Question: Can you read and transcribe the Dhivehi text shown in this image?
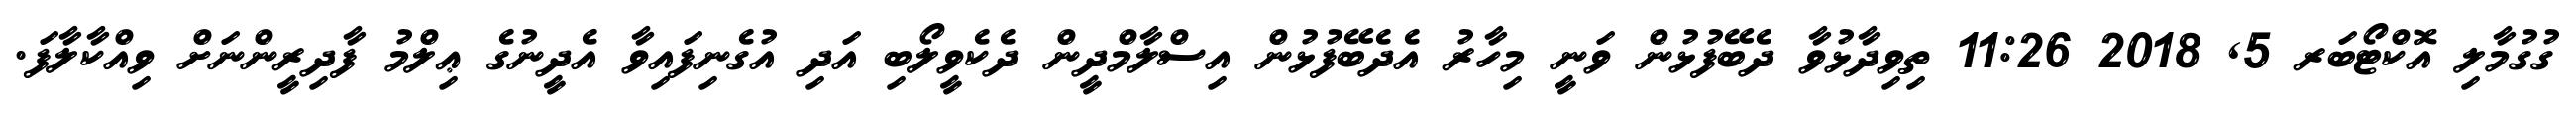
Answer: ގުގުމާލި އޮކްޓޯބަރ 5, 2018 11:26 ތިވިދާޅުވާ ދެބޭފުޅުން ވަނީ މިހާރު އެދެބޭފުޅުން އިސްލާމްދީން ދެކެވީލޯބި އަދި އުގެނިފައިވާ އެދީނުގެ ޢިލްމު ފާދިރީންނަށް ވިއްކާލާފަ.